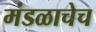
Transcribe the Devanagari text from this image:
मंडळाचेच